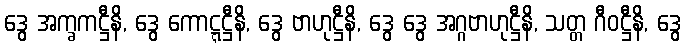
ဒွေ အက္ခကဋ္ဌီနိ, ဒွေ ကောဋ္ဋဋ္ဌီနိ, ဒွေ ဗာဟုဋ္ဌီနိ, ဒွေ ဒွေ အဂ္ဂဗာဟုဋ္ဌီနိ, သတ္တ ဂီဝဋ္ဌီနိ, ဒွေ